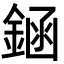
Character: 䤴